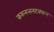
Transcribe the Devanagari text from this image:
करुनन्तनटक्कन